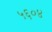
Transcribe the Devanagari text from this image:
५६०४